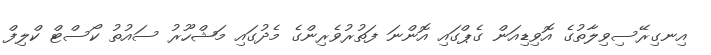
އިނގިރޭސިވިލާތުގެ އޮވިޑިއަން ގެޕްގައި އޮންނަ ފަތުރުވެރިންގެ މެދުގައި މަޝްހޫރު ސައުތު ކޯސްޓް ކްލިފް